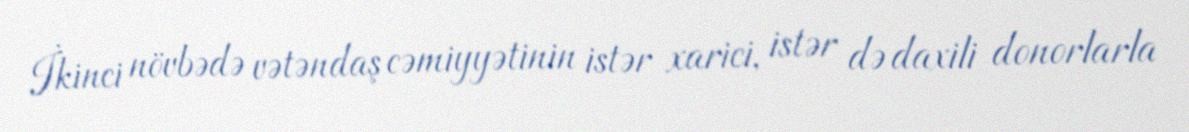
İkinci növbədə vətəndaş cəmiyyətinin istər xarici, istər də daxili donorlarla